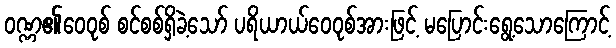
ဝဏ္ဏ၏ဝေဝုစ် စင်စစ်ရှိခဲ့သော် ပရိယာယ်ဝေဝုစ်အားဖြင့် မပြောင်းရွေ့သောကြောင့်